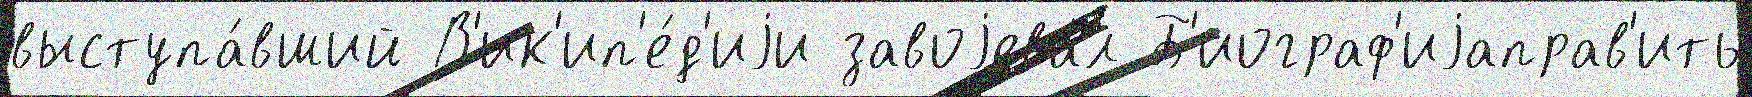
выступа́вший В'ик'ип'е́д'иjи завоjева́л Б'иограф'иjаправ'ить